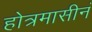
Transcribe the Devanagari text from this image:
होत्रमासीनं